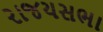
રાજયસભા